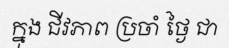
ក្នុង ជីវភាព ប្រចាំ ថ្ងៃ ជា